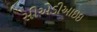
સીએડીઆઇઇ